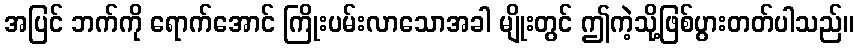
အပြင် ဘက်ကို ရောက်အောင် ကြိုးပမ်းလာသောအခါ မျိုးတွင် ဤကဲ့သို့ဖြစ်ပွားတတ်ပါသည်။